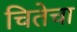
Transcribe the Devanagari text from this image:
चितेचा